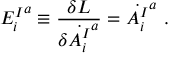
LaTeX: { E _ { i } ^ { I } } ^ { a } \equiv \frac { \delta { \cal L } } { \delta \dot { A _ { i } ^ { I } } ^ { a } } = \dot { A _ { i } ^ { I } } ^ { a } ~ .